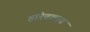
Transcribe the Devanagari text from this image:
हरितकाय